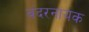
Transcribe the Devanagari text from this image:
बंदरनायक